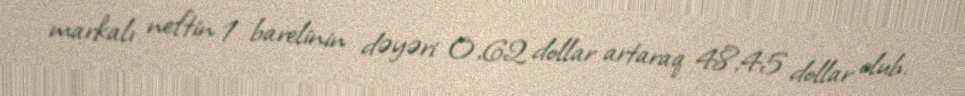
markalı neftin 1 barelinin dəyəri 0,62 dollar artaraq 48,45 dollar olub.